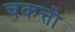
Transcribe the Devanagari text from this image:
चकत्तो